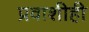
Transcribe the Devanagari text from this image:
प्रवाशीही